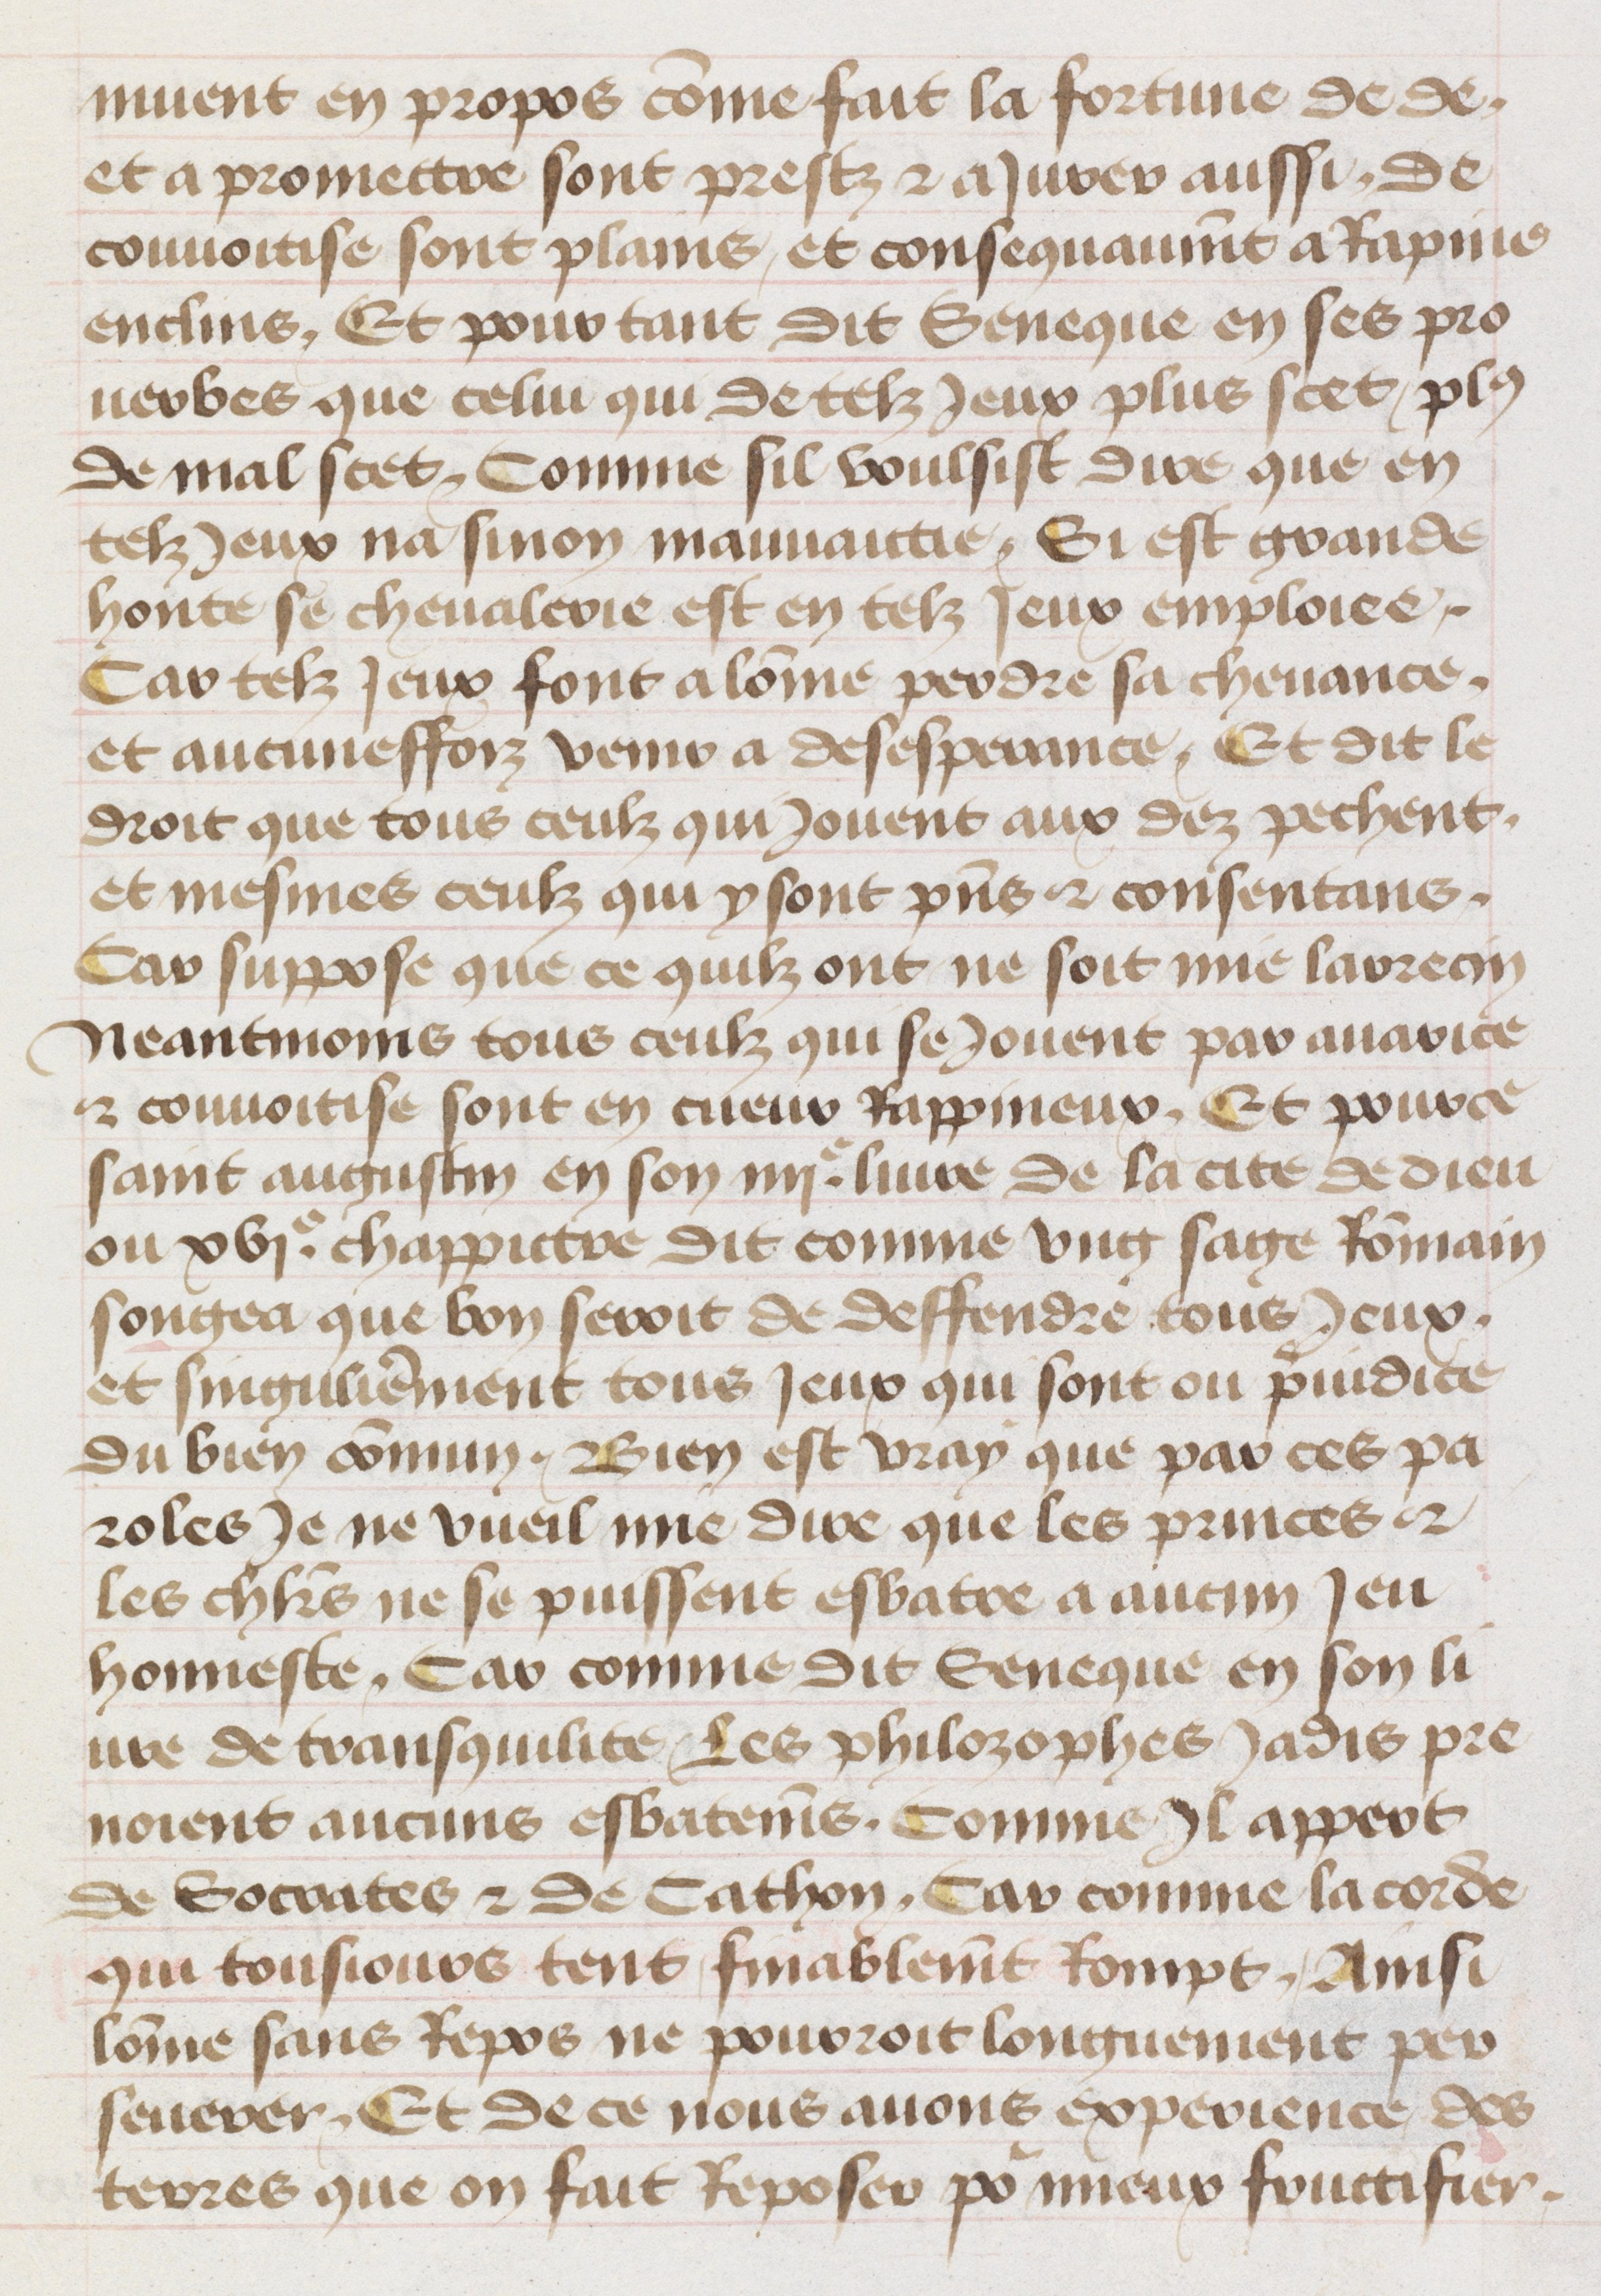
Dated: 1455–1485